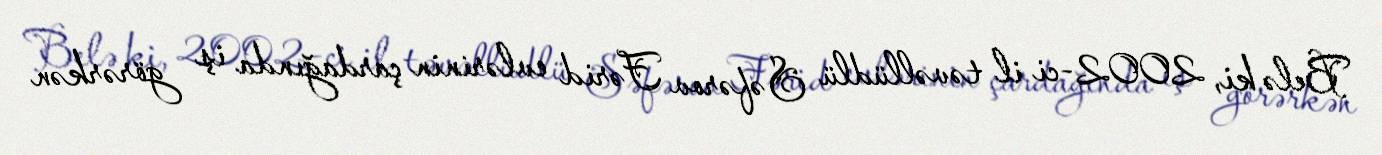
Belə ki, 2002-ci il təvəllüdlü Səfərov Fərid evlərinin çardağında iş görərkən